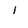
Character: l